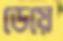
ডেয়ে